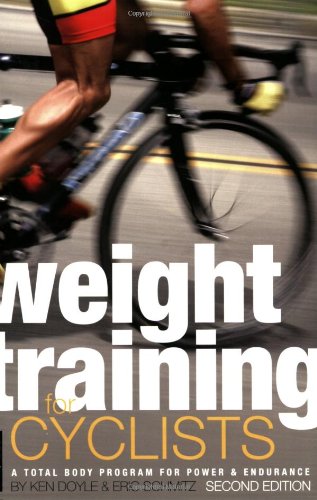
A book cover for Weight Training for Cyclists: A Total Body Program for Power & Endurance; Ken Doyle; Sports & Outdoors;